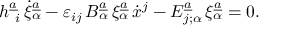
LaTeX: h _ { \ i } ^ { \underline { { { a } } } } \, \dot { \xi } _ { \alpha } ^ { \underline { { { a } } } } - \varepsilon _ { i j } \, B _ { \alpha } ^ { \underline { { { a } } } } \, \xi _ { \alpha } ^ { \underline { { { a } } } } \, \dot { x } ^ { j } - { \cal E } _ { j ; \alpha } ^ { \underline { { { a } } } } \, \xi _ { \alpha } ^ { \underline { { { a } } } } = 0 .